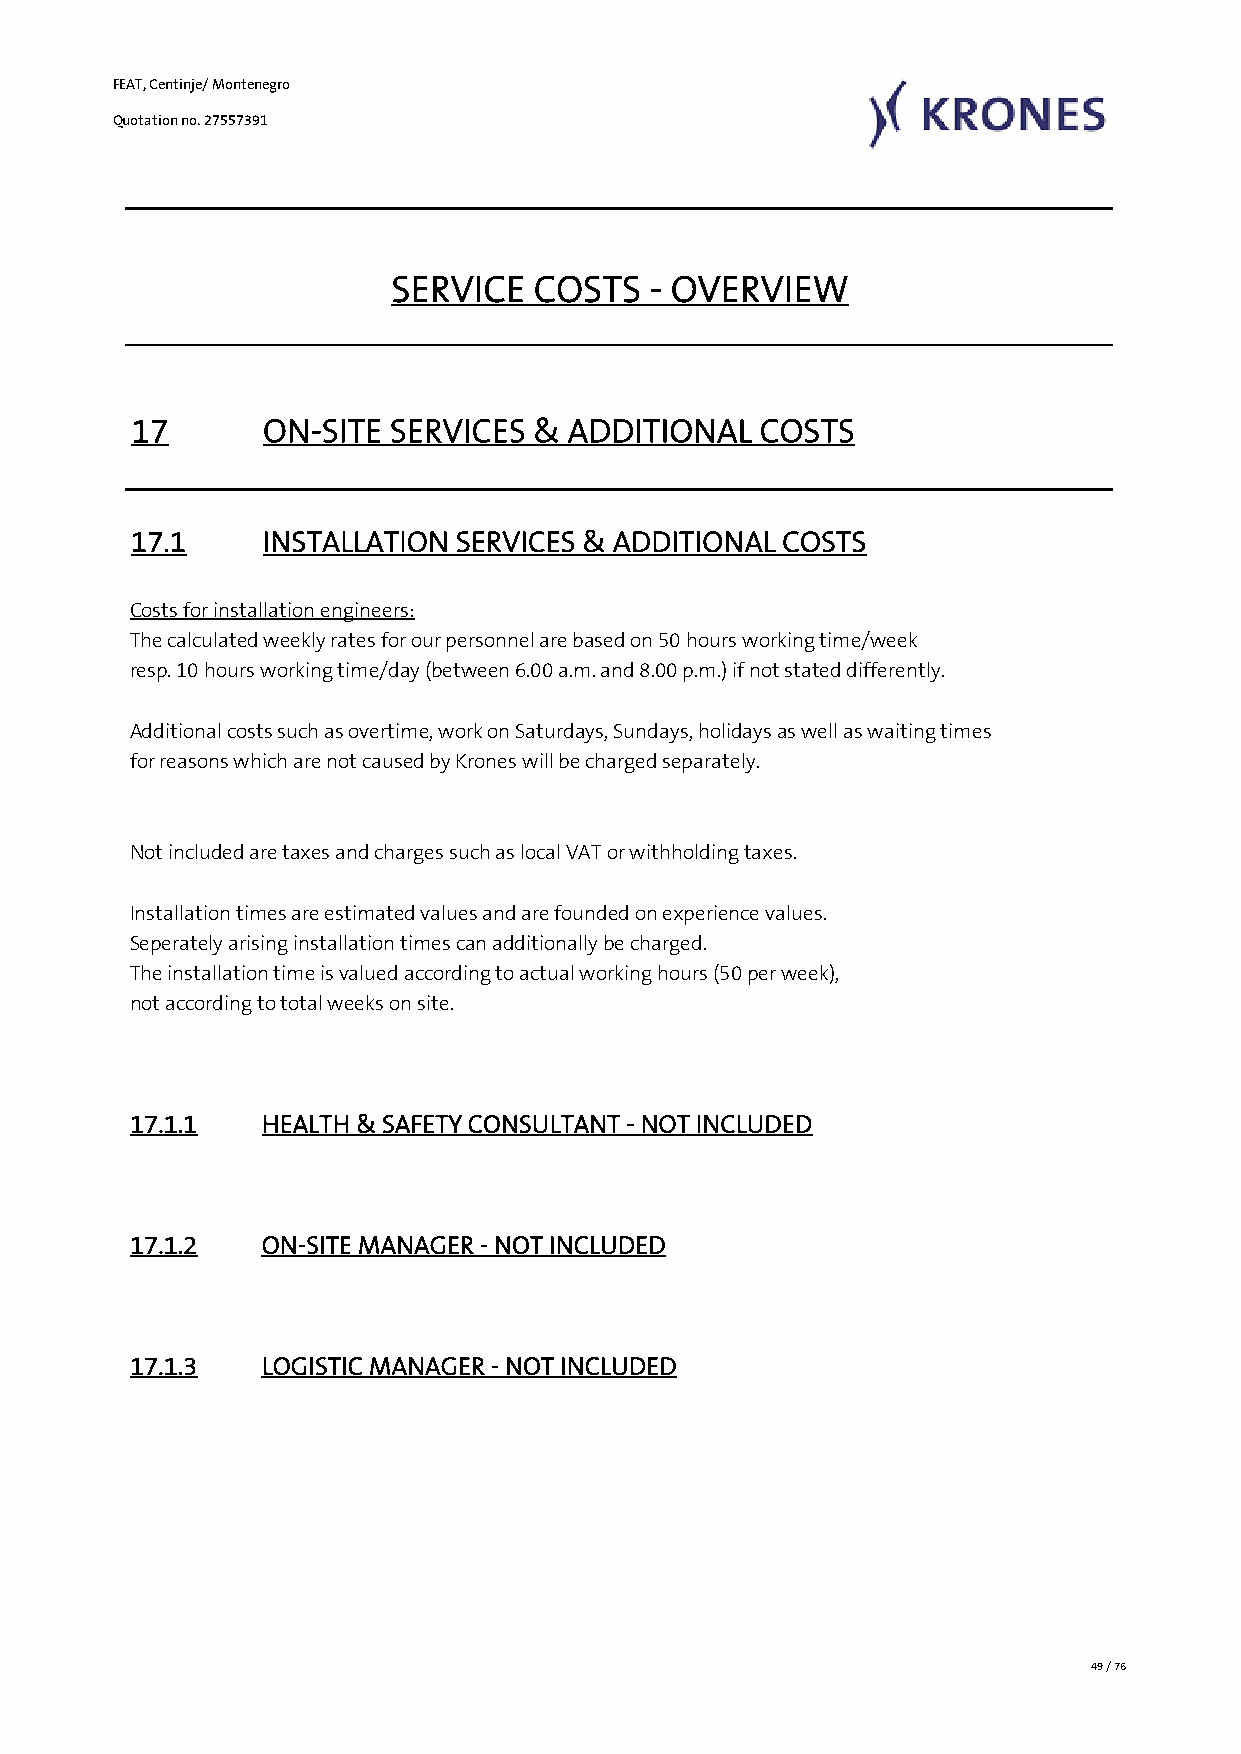
FEAT, Centinje/ Montenegro
 Quotation no. 27557391
 SERVICE  COSTS   - OVERVIEW
 17       ON-SITE SERVICES  & ADDITIONAL   COSTS
 17.1     INSTALLATION SERVICES & ADDITIONAL COSTS
 Costs for installation engineers:
 The calculated weekly rates for our personnel are based on 50 hours working time/week
 resp. 10 hours working time/day (between 6.00 a.m. and 8.00 p.m.) if not stated differently.
 Additional costs such as overtime, work on Saturdays, Sundays, holidays as well as waiting times
 for reasons which are not caused by Krones will be charged separately.
 Not included are taxes and charges such as local VAT or withholding taxes.
 Installation times are estimated values and are founded on experience values.
 Seperately arising installation times can additionally be charged.
 The installation time is valued according to actual working hours (50 per week),
 not according to total weeks on site.
 17.1.1   HEALTH & SAFETY CONSULTANT - NOT INCLUDED
 17.1.2   ON-SITE MANAGER - NOT INCLUDED
 17.1.3   LOGISTIC MANAGER - NOT INCLUDED
 49 / 76